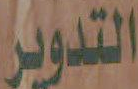
التدوير